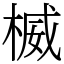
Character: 楲